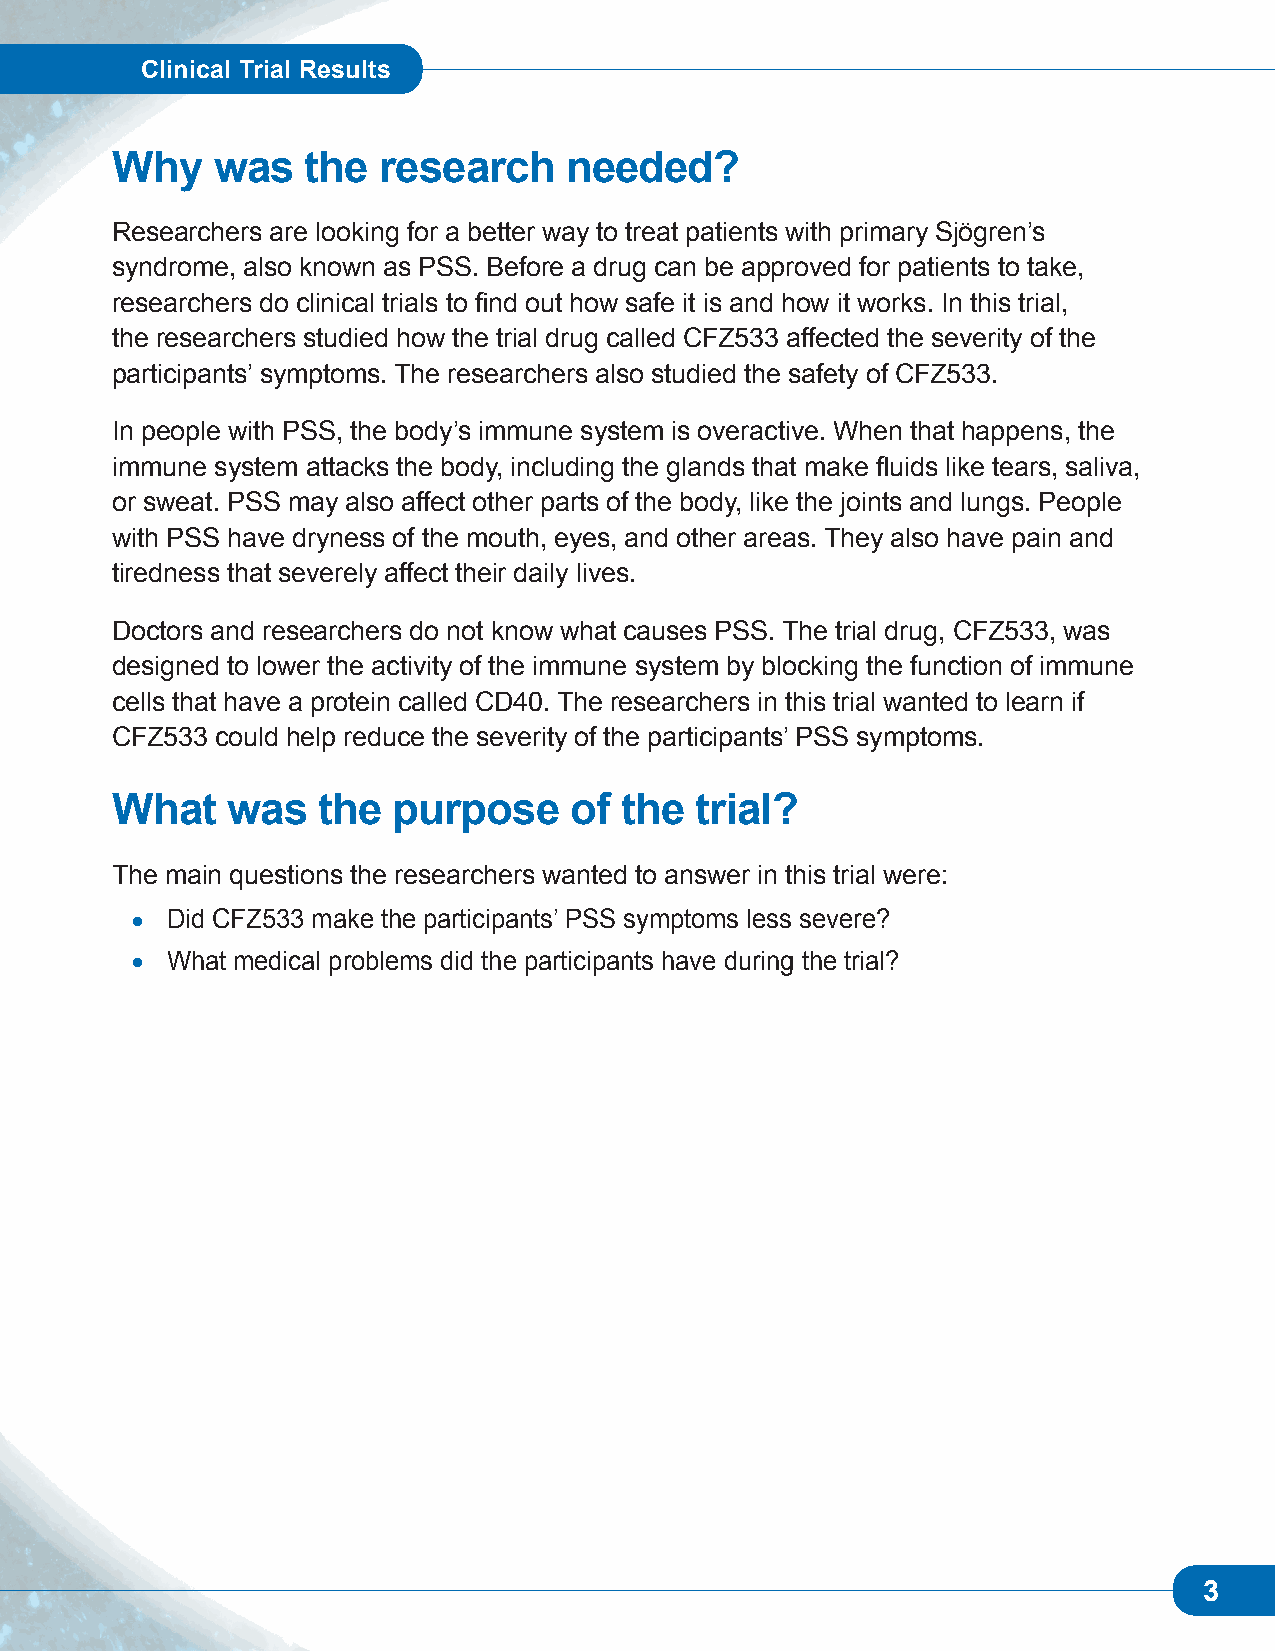
Clinical Trial Results
 Why    was   the  research    needed?
 Researchers are looking for a better way to treat patients with primary Sjögren’s
 syndrome, also known as PSS. Before a drug can be approved for patients to take,
 researchers do clinical trials to find out how safe it is and how it works. In this trial,
 the researchers studied how the trial drug called CFZ533 affected the severity of the
 participants’ symptoms. The researchers also studied the safety of CFZ533.
 In people with PSS, the body’s immune system is overactive. When that happens, the
 immune system attacks the body, including the glands that make fluids like tears, saliva,
 or sweat. PSS may also affect other parts of the body, like the joints and lungs. People
 with PSS have dryness of the mouth, eyes, and other areas. They also have pain and
 tiredness that severely affect their daily lives.
 Doctors and researchers do not know what causes PSS. The trial drug, CFZ533, was
 designed to lower the activity of the immune system by blocking the function of immune
 cells that have a protein called CD40. The researchers in this trial wanted to learn if
 CFZ533 could help reduce the severity of the participants’ PSS symptoms.
 What    was   the  purpose     of the  trial?
 The main questions the researchers wanted to answer in this trial were:
 • Did CFZ533 make the participants’ PSS symptoms less severe?
 • What medical problems did the participants have during the trial?
 3